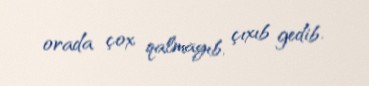
orada çox qalmayıb, çıxıb gedib.